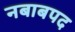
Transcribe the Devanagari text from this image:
नबाबपद